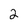
Character: 2